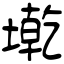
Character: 墘